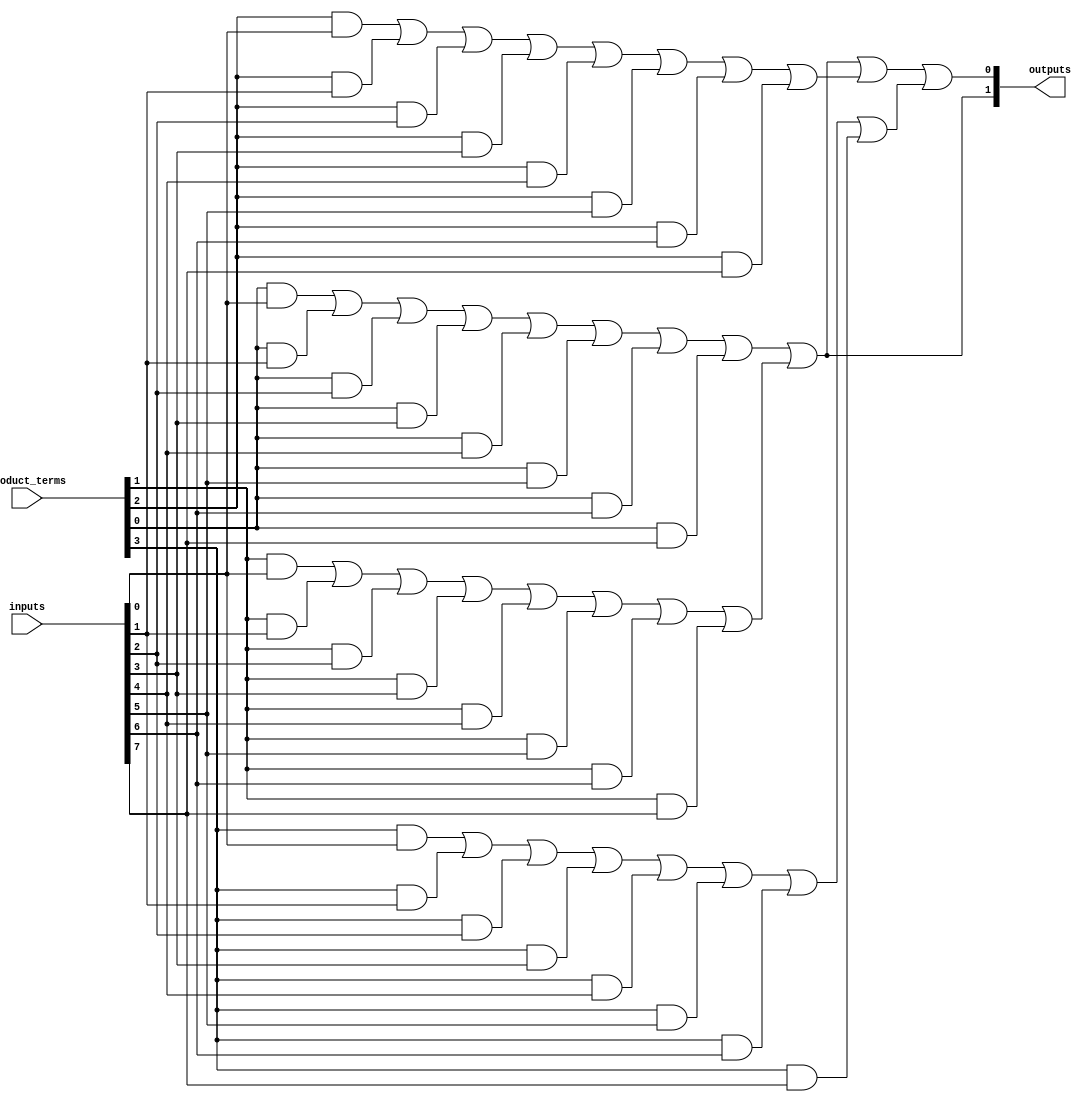
module HS_PAL (
    input wire [N-1:0] inputs,       // N input lines
    input wire [M-1:0] product_terms, // M programmable product terms
    output wire [P-1:0] outputs       // P output lines
);

// Parameter definitions
parameter N = 8; // Number of input lines
parameter M = 4; // Number of product terms (AND gates)
parameter P = 2; // Number of output lines

// Declare internal wires for AND gates
wire [M-1:0] and_out;

// AND Array: Each AND gate can be configured via product_terms
genvar i;
generate
    for (i = 0; i < M; i = i + 1) begin : AND_array
        assign and_out[i] = (product_terms[i] & inputs[0]) |
                            (product_terms[i] & inputs[1]) |
                            (product_terms[i] & inputs[2]) |
                            (product_terms[i] & inputs[3]) |
                            (product_terms[i] & inputs[4]) |
                            (product_terms[i] & inputs[5]) |
                            (product_terms[i] & inputs[6]) |
                            (product_terms[i] & inputs[7]);
    end
endgenerate

// OR Array: Combine outputs of the AND gates
assign outputs[0] = and_out[0] | and_out[1] | and_out[2] | and_out[3];
assign outputs[1] = and_out[0] | and_out[1];

// Add additional outputs as necessary...

endmodule